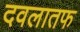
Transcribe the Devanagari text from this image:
दवलातफ